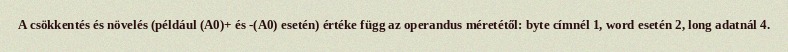
A csökkentés és növelés (például (A0)+ és -(A0) esetén) értéke függ az operandus méretétől: byte címnél 1, word esetén 2, long adatnál 4.